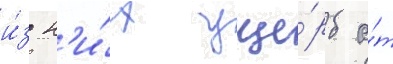
и́з н'и́х уще́рб о́т